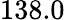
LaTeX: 138.0